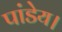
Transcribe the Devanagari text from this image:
पांडेय।